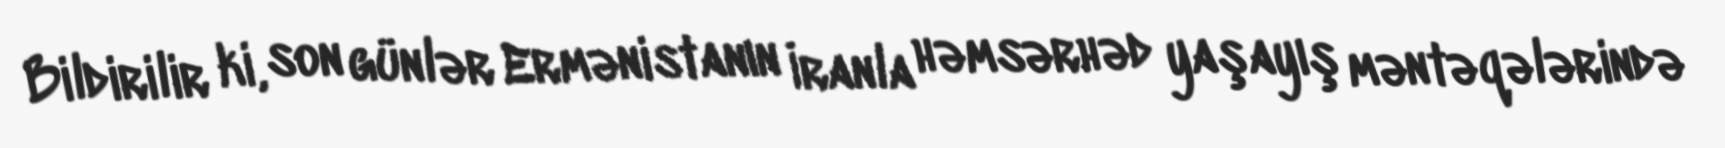
Bildirilir ki, son günlər Ermənistanın İranla həmsərhəd yaşayış məntəqələrində